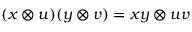
( x \otimes u ) ( y \otimes v ) = x y \otimes u v